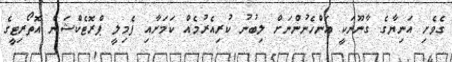
ގެވެށި އަނިޔާގެ ގާނޫނަކީ އަންހެނުންނަށް ލިބުނު ކުރިއެރުމެއް ކަމަށާއި ފެމިލީ ޕްރޮޓެކްޝަން އޮތޯރިޓީގެ